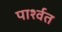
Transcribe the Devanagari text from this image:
पार्श्वत